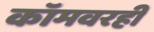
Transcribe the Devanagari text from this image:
कॉमवरही